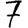
Digit: 7